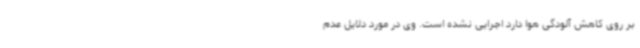
بر روی کاهش آلودگی هوا دارد اجرایی نشده است. وی در مورد دلایل عدم